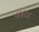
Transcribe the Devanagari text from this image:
७४८८